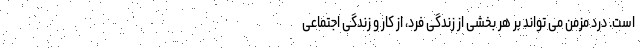
است. درد مزمن می تواند بر هر بخشی از زندگی فرد، از کار و زندگی اجتماعی